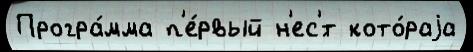
Програ́мма п'е́рвый н'ес'́т кото́раjа